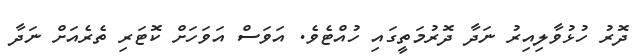
ދޮރު ހުޅުވާލިއިރު ނަދާ ދޮރުމަތީގައި ހުއްޓެވެ. އަވަސް އަވަހަށް ކޮޓަރި ތެރެއަށް ނަދާ